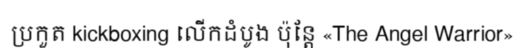
ប្រកួត kickboxing លើកដំបូង ប៉ុន្តែ «The Angel Warrior»